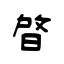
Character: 晵